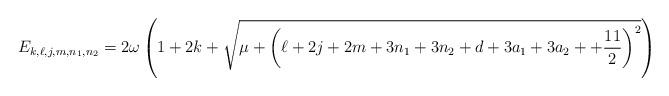
LaTeX: \begin{align*}E_{k,\ell,j,m,n_1,n_2}= 2 \omega \left(1 + 2 k + \sqrt{\mu + \left( \ell + 2 j + 2 m + 3 n_1 + 3 n_2 + d + 3 a_1 + 3 a_2 ++ \frac{11}{2} \right)^2 } \right)\end{align*}